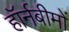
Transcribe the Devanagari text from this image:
हॉर्नबीमों